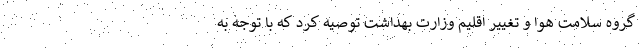
گروه سلامت هوا و تغییر اقلیم وزارت بهداشت توصیه کرد که با توجه به